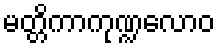
မတ္တိကာကုဏ္ဍလောဝ